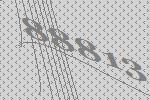
88813